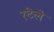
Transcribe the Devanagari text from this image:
रटेले